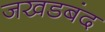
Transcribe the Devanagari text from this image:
जखडबंद